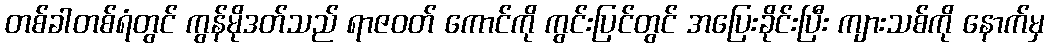
တစ်ခါတစ်ရံတွင် ကွန်မိုဒတ်သည် ရာဇဝတ် ကောင်ကို ကွင်းပြင်တွင် အပြေးခိုင်းပြီး ကျားသစ်ကို နောက်မှ